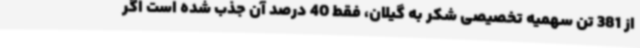
از 381 تن سهمیه تخصیصی شکر به گیلان، فقط 40 درصد آن جذب شده است اگر